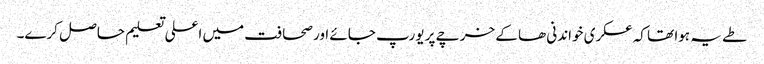
طے یہ ہوا تھا کہ عسکری خواندنی ھا کے خرچے پر یورپ جائے اور صحافت میں اعلی تعلیم حاصل کرے۔